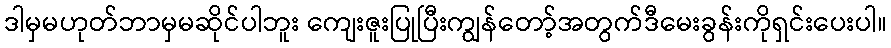
ဒါမှမဟုတ်ဘာမှမဆိုင်ပါဘူး ကျေးဇူးပြုပြီးကျွန်တော့်အတွက်ဒီမေးခွန်းကိုရှင်းပေးပါ။